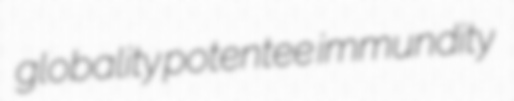
globality potentee immundity